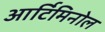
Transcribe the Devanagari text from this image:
आर्टिमिनोल